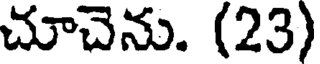
చూచెను. (23)